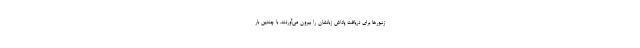
زنبورها برای دریافت پاداش زبانشان را بیرون می‌آوردند. با چندین بار